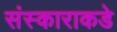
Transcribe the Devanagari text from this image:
संस्काराकडे